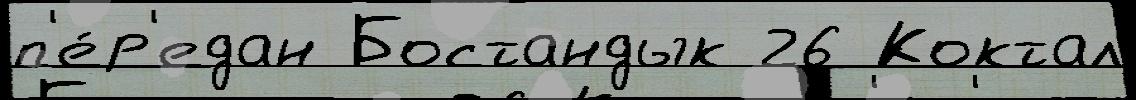
п'е́р'едан Бостандык 26 Коктал